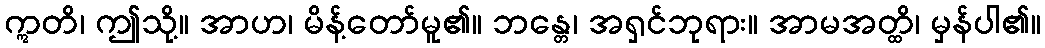
ဣတိ၊ ဤသို့။ အာဟ၊ မိန့်တော်မူ၏။ ဘန္တေ၊ အရှင်ဘုရား။ အာမအတ္ထိ၊ မှန်ပါ၏။